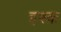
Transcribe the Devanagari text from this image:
इश्‍क़